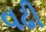
વઢી